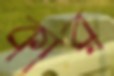
কার